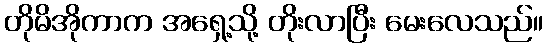
တိုမိအိုကာက အရှေ့သို့ တိုးလာပြီး မေးလေသည်။